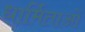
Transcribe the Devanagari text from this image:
धार्मिताओं